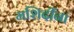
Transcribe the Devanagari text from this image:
मशिदींना